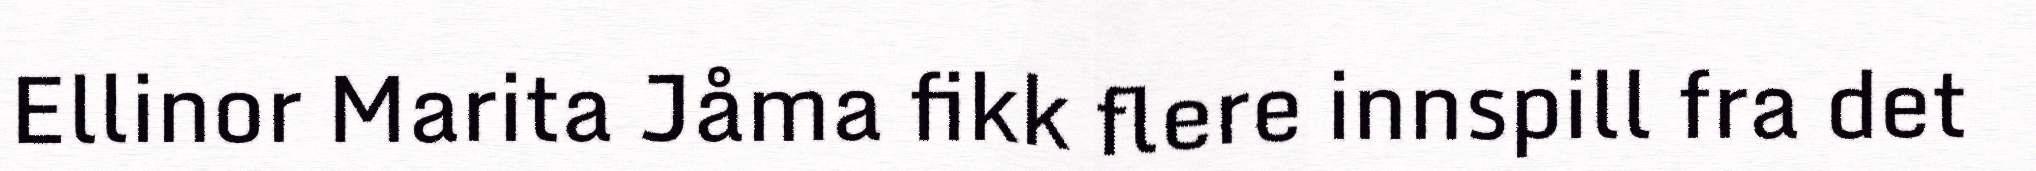
Ellinor Marita Jåma fikk flere innspill fra det